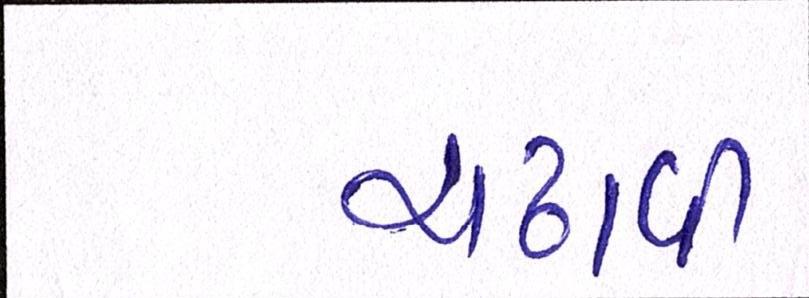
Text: ચઢાવી